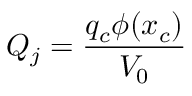
Q _ { j } = \frac { q _ { c } \phi ( x _ { c } ) } { V _ { 0 } }